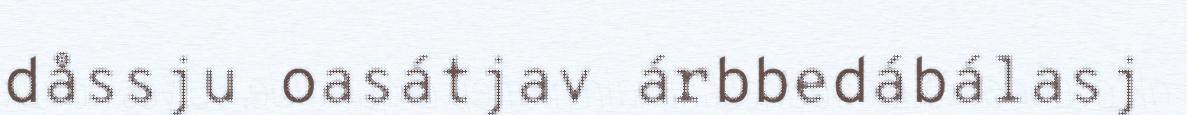
dåssju oasátjav árbbedábálasj